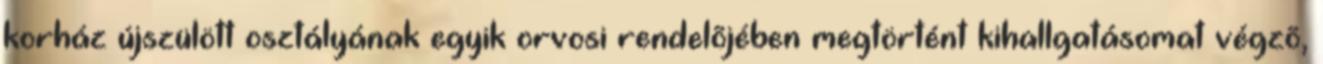
korház újszülött osztályának egyik orvosi rendelõjében megtörtént kihallgatásomat végzõ,